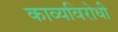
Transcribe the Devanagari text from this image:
काव्यविरोधी